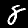
Label: 8